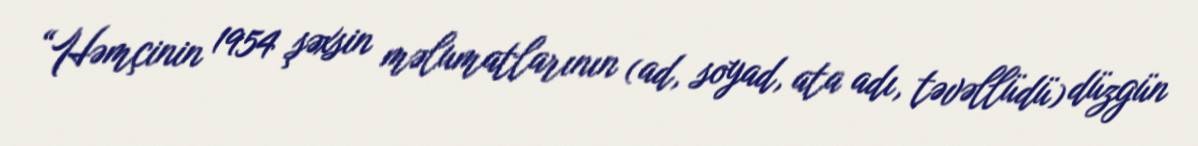
“Həmçinin 1954 şəxsin məlumatlarının (ad, soyad, ata adı, təvəllüdü) düzgün